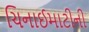
ચિનાઈમાટીની